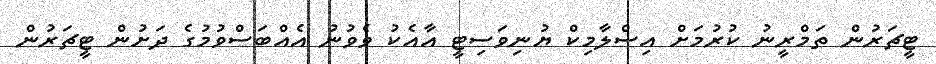
ޓީޗަރުން ތަމްރީނު ކުރުމަށް އިސްލާމިކް ޔުނިވަސިޓީ އާއެކު ވެވުނު އެއްބަސްވުމުގެ ދަށުން ޓީޗަރުން